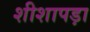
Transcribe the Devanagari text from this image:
शीशापड़ा